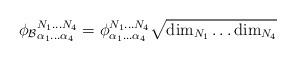
LaTeX: \begin{align*}\phi_{\mathcal{B}}{}^{N_1\ldots N_4}_{\alpha_1\ldots\alpha_4} = \phi^{N_1\ldots N_4}_{\alpha_1\ldots\alpha_4} \sqrt{{\rm dim}_{N_1} \ldots {\rm dim}_{N_4} }\end{align*}